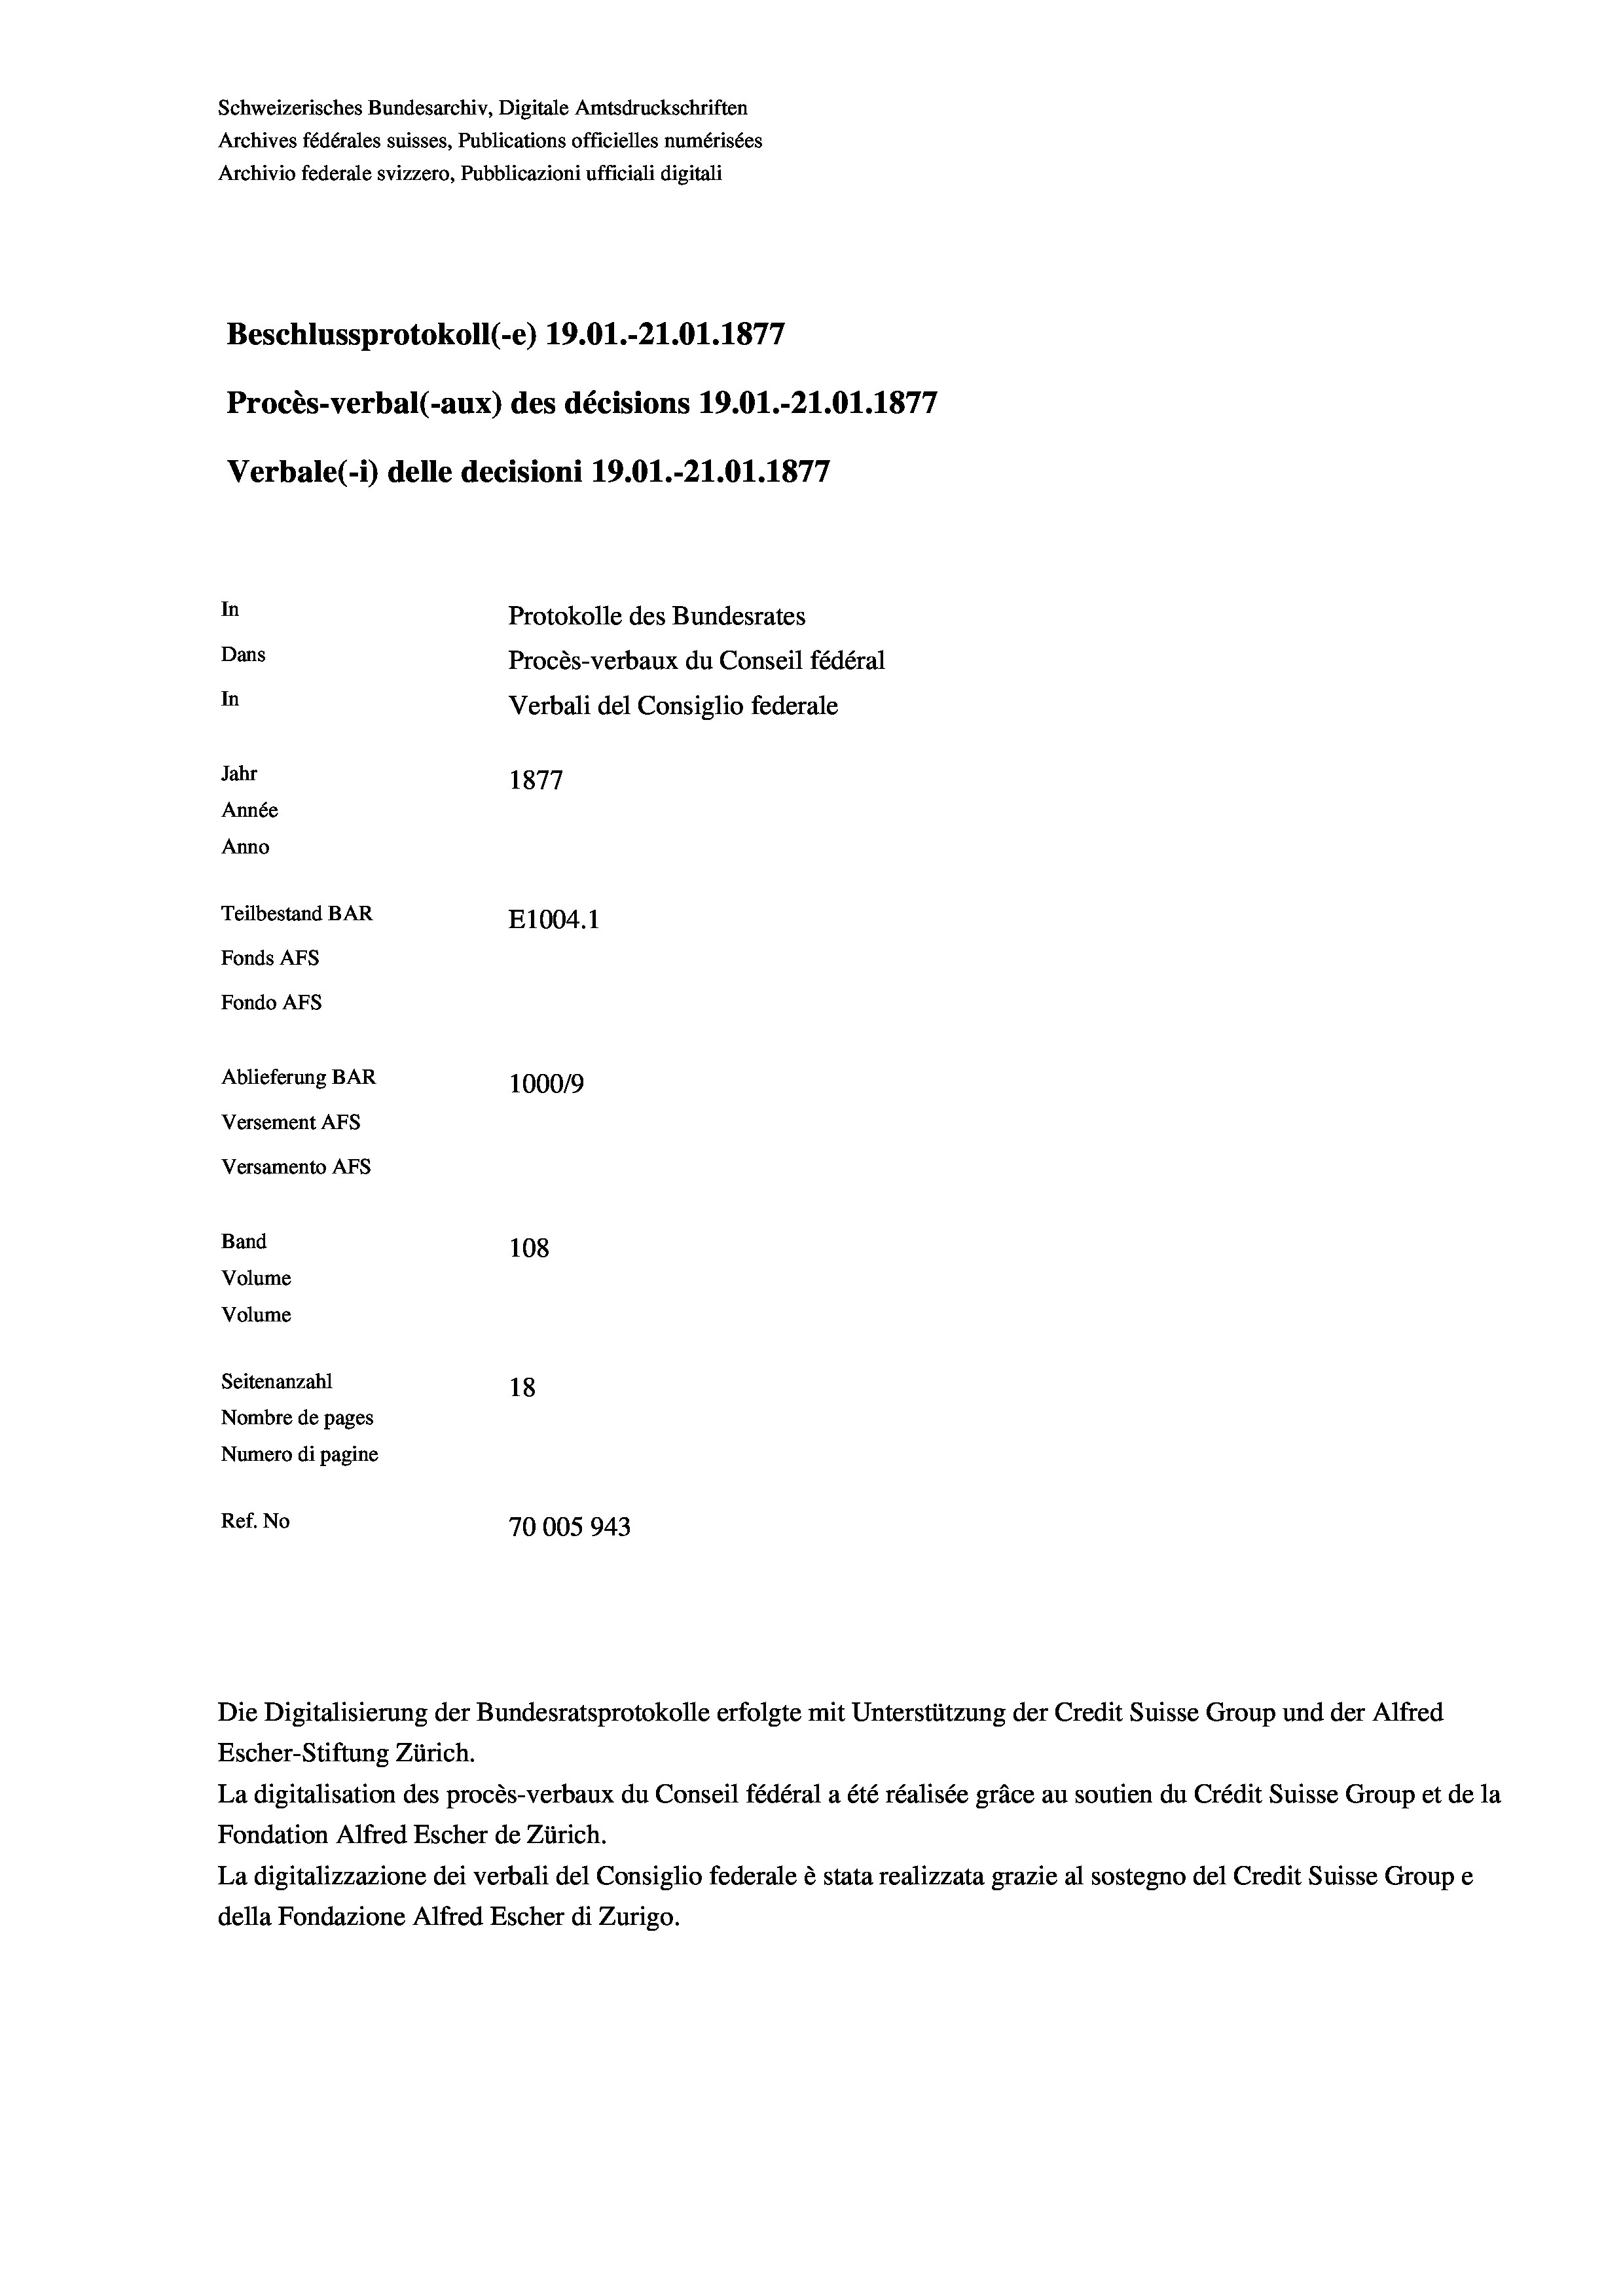
Schweizerisches Bundesarchiv, Digitale Amtsdruckschriften
Archives fédérales suisses, Publications officielles numérisées
Archivio federale svizzero, Pubblicazioni ufficiali digitali
Beschlussprotokoll (-e) 19.01.-21.01. 1877
Procès-verbal (-aux) des décisions 19.01.-21.01. 1877
Verbale (- 1) delle decisioni 19.01.-21.01. 1877
In
Protokolle des Bundesrates
Dans
Procès-verbaux du Conseil fédéral
In
Verbali del Consiglio federale
Jahr
1877
Année
Anno
Teilbestand BAR
E1004. 1
Fonds AFs
Fondo Afs
Ablieferung BAR
100019
Versement AFs
Versamento Afs
Band
108

Seitenanzahl
18
Nombre de pages
Numero di pagine
Ref. No
70005943

Volume
Volume

Escher-Stiftung Zürich.
La digitalisation des procès-verbaux du Conseil fédéral a été réalisée gräce au soutien du Crédit Suisse Group et de la
Fondation Alfred Escher de Zürich.
La digitalizzazione dei verbali del Consiglio federale è stata realizzata grazie al sostegno del Credit Suisse Groupe
della Fondazione Alfred Escher di Zurigo.

Die Digitalisierung der Bundesratsprotokolle erfolgte mit Unterstützung der Credit Suisse Group und der Alfred